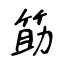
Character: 筯